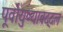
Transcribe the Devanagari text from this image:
पूर्वायुष्याबद्दल